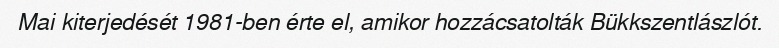
Mai kiterjedését 1981-ben érte el, amikor hozzácsatolták Bükkszentlászlót.